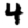
Digit: 4